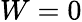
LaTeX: W=0